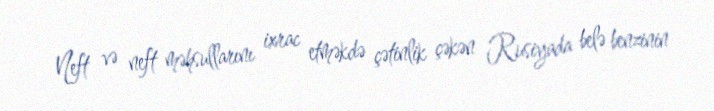
Neft və neft məhsullarını ixrac etməkdə çətinlik çəkən Rusiyada belə benzinin